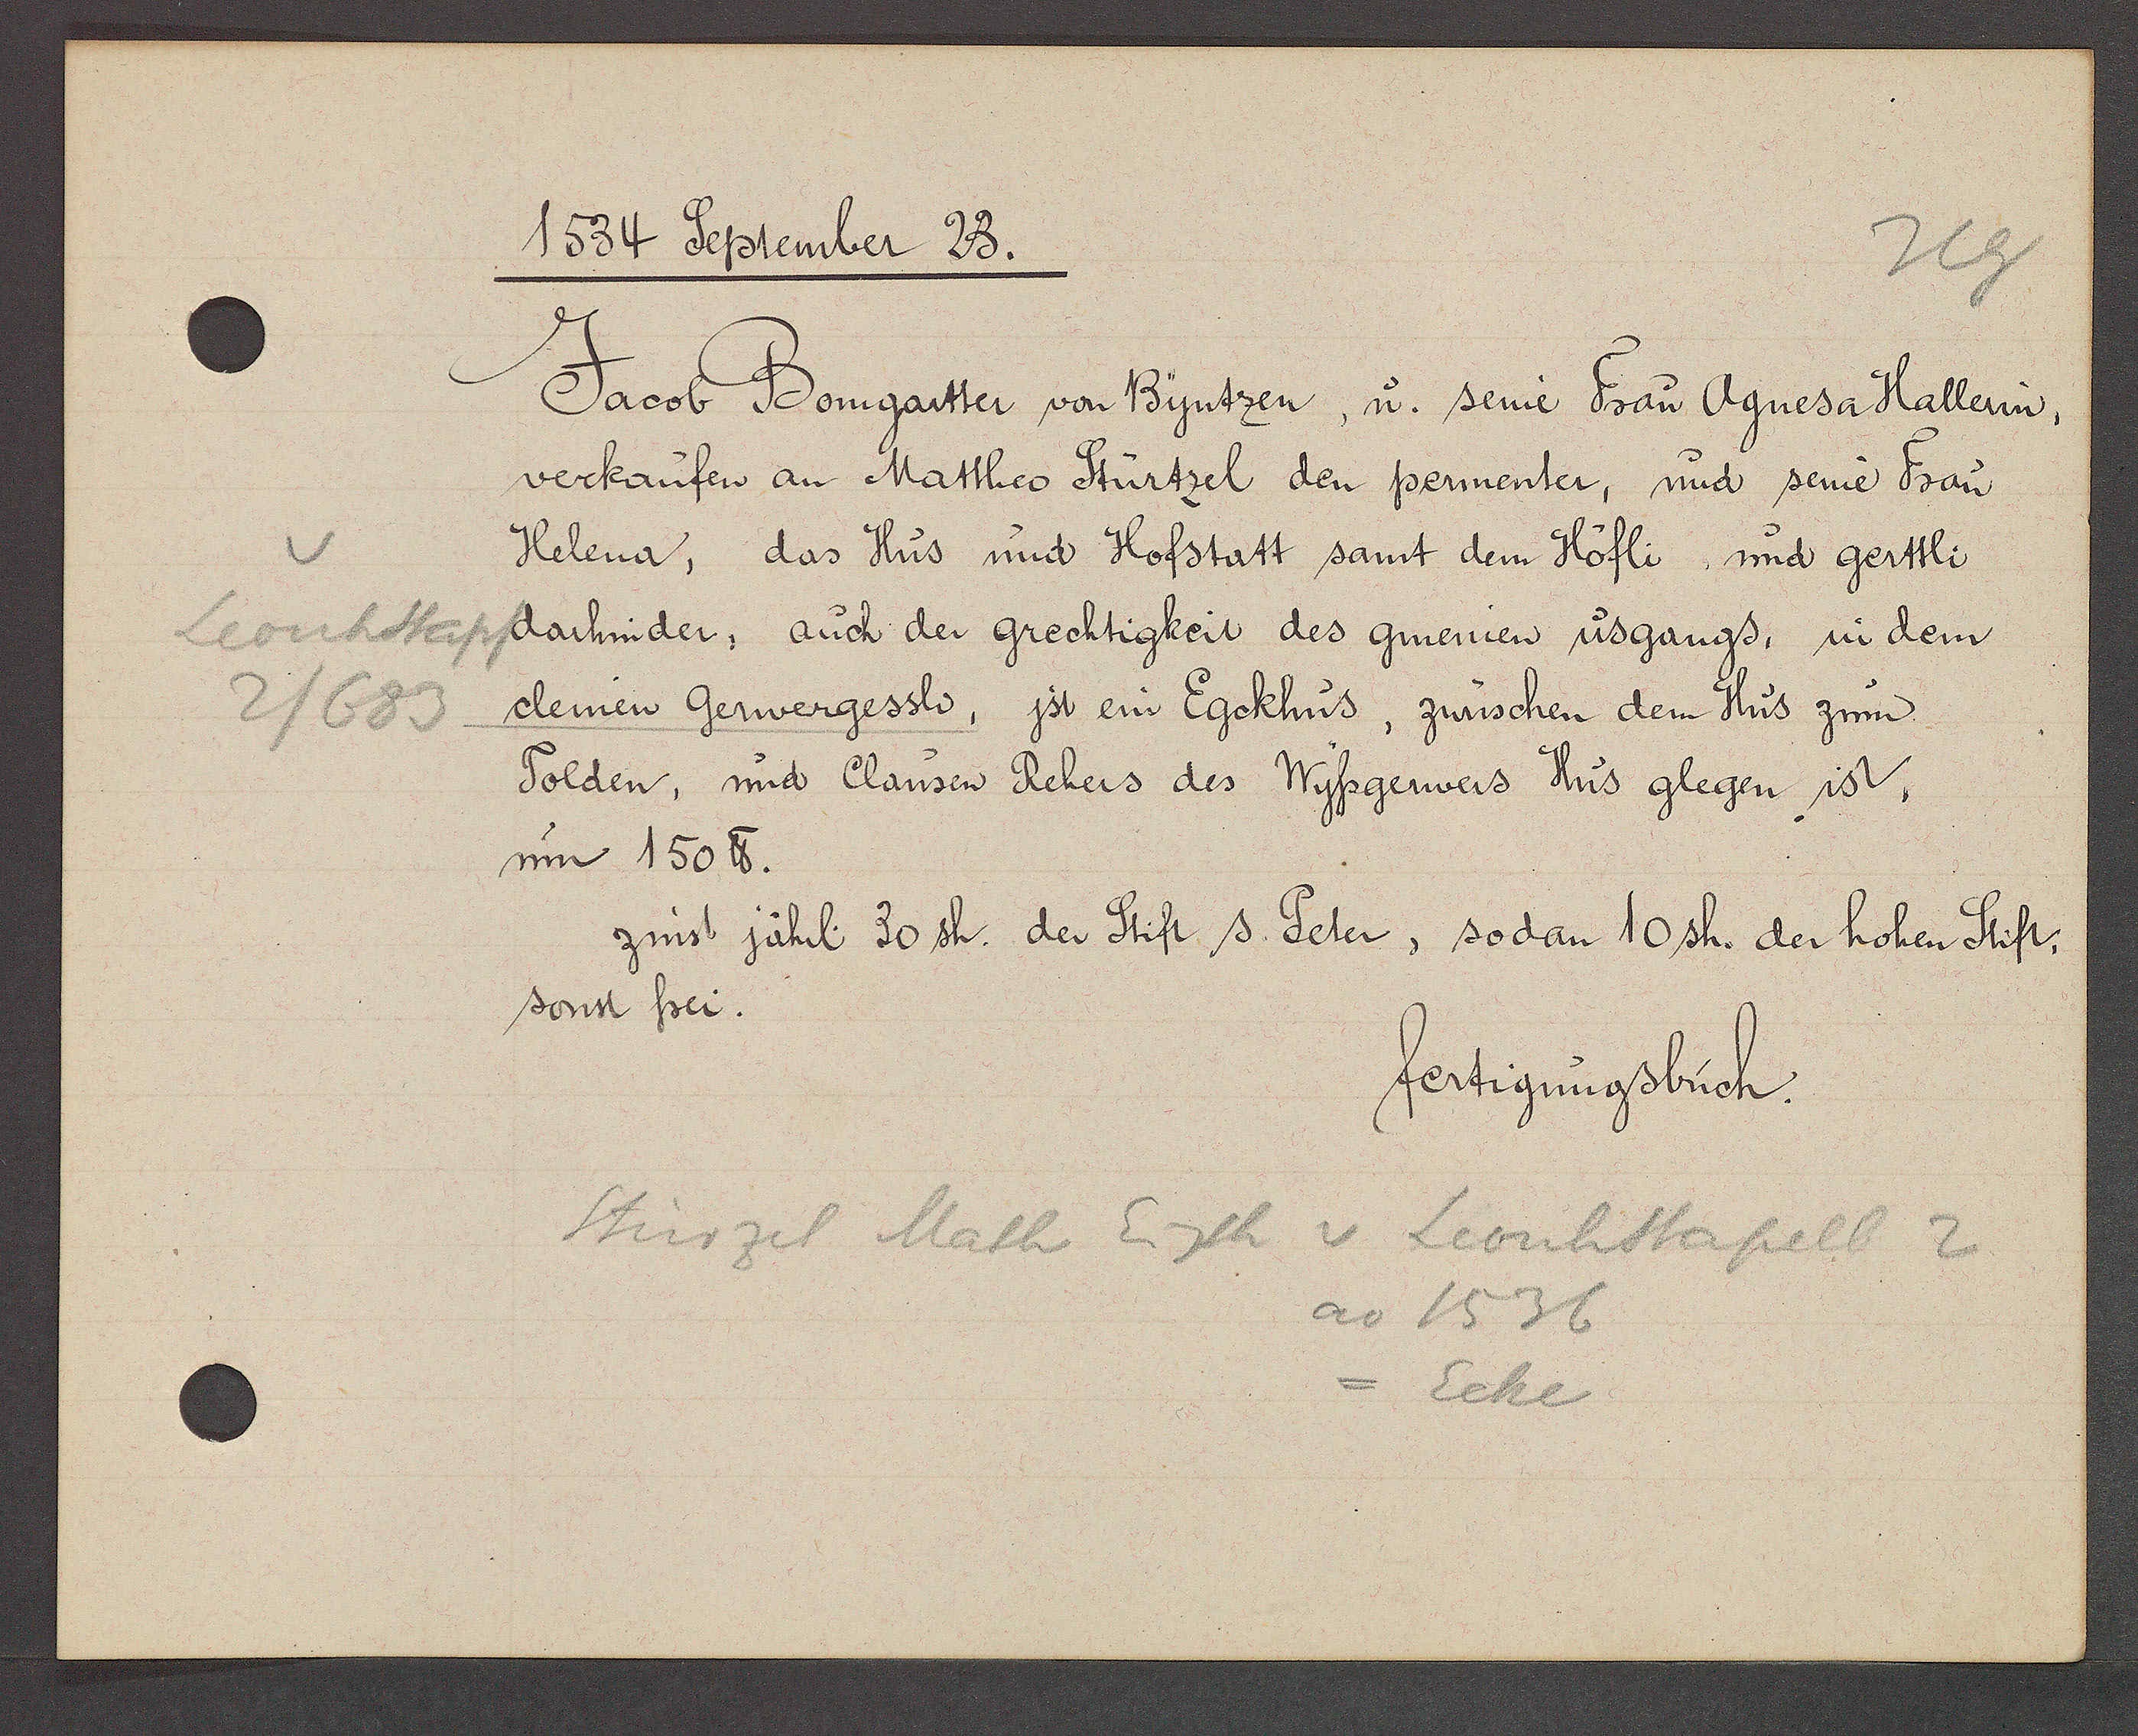
Transcript:
Leonhstapf
2/683

1534 September 23.

Jacob Bomgartter von Byntzen, u. seine Frau Agnesa Hallerin,
verkaufen an Mattheo Stürtzel den permenter, und seine Frau
Helema, das Hus und Hofstatt samt dem Höfli, und gerttli
darhinder, auch der grechtigkeit des gmenien usgangs, in dem
cleinen Gerwergessli, jst ein Egckhüs, zwüschen dem Hus zum
Tolden, und Clausen Rehers des Wyssgerwers Hüs glegen ist,
um 150 ℔.
zinst jährl. 30 sh. der Stift s. Peter, sodan 10 sh. der hohen Stift.
sonst frei.

fertigungsbuch.

Stürzel Math Eigth v. Leonhstapell 2
ao 1536
Ecke